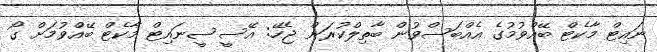
ނައިޓް މާކެޓް ބޭއްވުމުގެ އެއްބަސްވުން ބާތިލްކުރަން ޖެހޭ: އޭސީސީނައިޓް މާކެޓް ބޭއްވުމަށް ގޯ